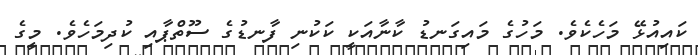
ކައިއުޅޭ މަހެކެވެ. މަހުގެ މައިގަނޑު ކާނާއަކީ ކަކުނި ފާނޑުގެ ސޫތްޕާއި ކުދިމަހެވެ. މީގެ